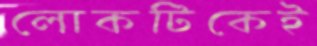
লোকটিকেই